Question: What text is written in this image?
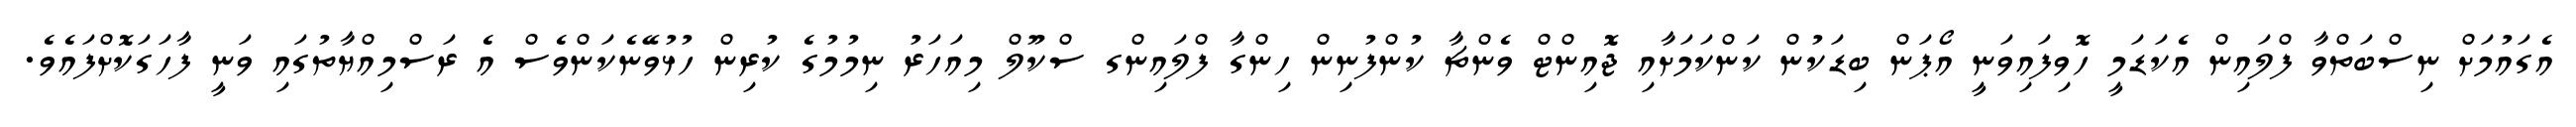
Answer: އެގައުމަށް ނިސްބަތްވާ ފްލައިން އެކަޑަމީ ހޮވިފައިވަނީ އޯޕަން ބިޑަކުން ކަންކަމަށާއި ޖޮއިންޓް ވެންޗާ ކުންފުނިން ހިންގާ ފްލައިންގ ސްކޫލް މިއަހަރު ނިމުމުގެ ކުރިން ހުޅުވޭނެކަންވެސް އެ ރަސްމިއްޔާތުގައި ވަނީ ފާހަގަކޮށްފައެވެ.